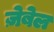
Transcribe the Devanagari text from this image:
ज़ेबेल